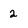
Character: 2